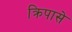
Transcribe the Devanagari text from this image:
क्रिपासे